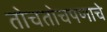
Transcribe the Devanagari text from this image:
तोचतोचपणाचे